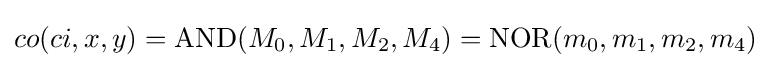
co(ci,x,y)=\mathrm {AND} (M_{0},M_{1},M_{2},M_{4})=\mathrm {NOR} (m_{0},m_{1},m_{2},m_{4})